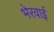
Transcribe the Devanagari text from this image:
भेरवाई